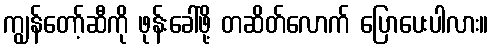
ကျွန်တော့်ဆီကို ဖုန်းခေါ်ဖို့ တဆိတ်လောက် ပြောပေးပါလား။